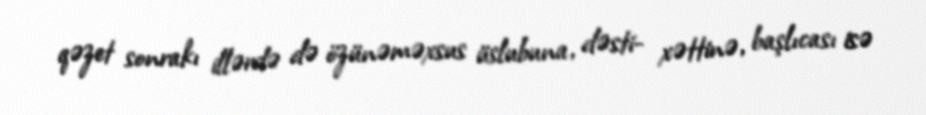
qəzet sonrakı illərdə də özünəməxsus üslubuna, dəsti- xəttinə, başlıcası isə